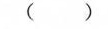
( )